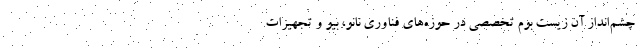
چشم‌انداز آن زیست بوم تخصصی در حوزه‌های فناوری نانو، بیو و تجهیزات